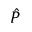
\hat { P }